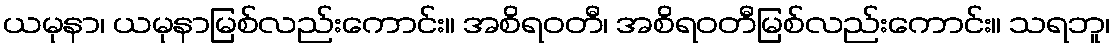
ယမုနာ၊ ယမုနာမြစ်လည်းကောင်း။ အစိရဝတီ၊ အစိရဝတီမြစ်လည်းကောင်း။ သရဘူ၊